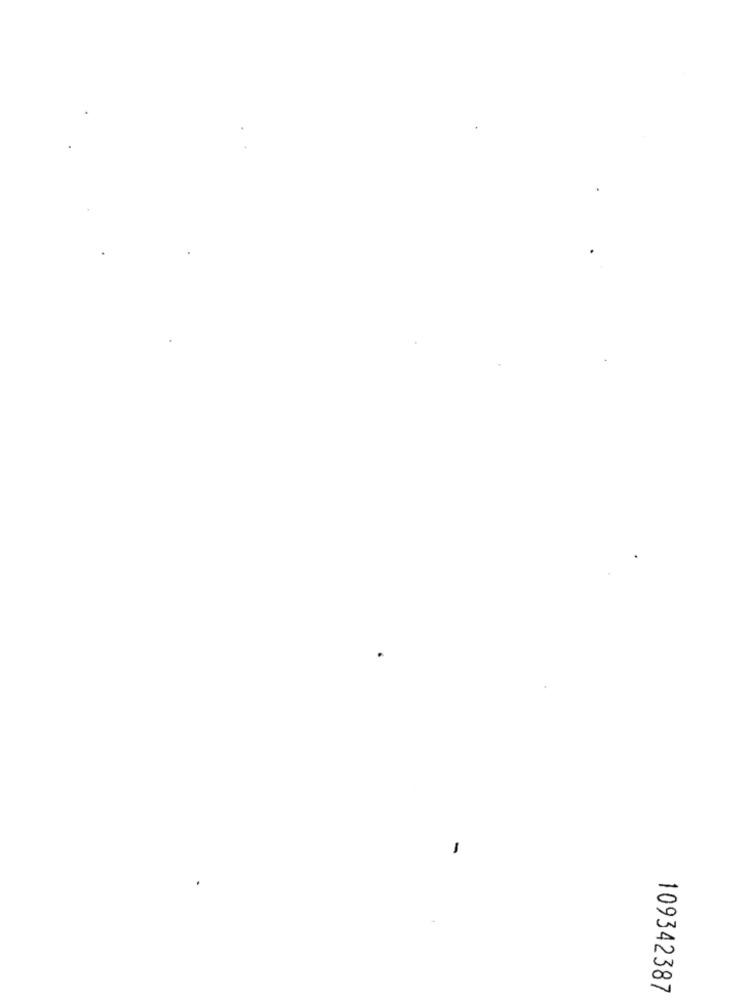
-
109342387